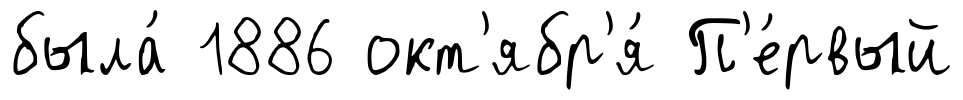
была́ 1886 окт'ябр'я́ П'е́рвый